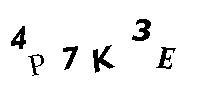
4P7K3E